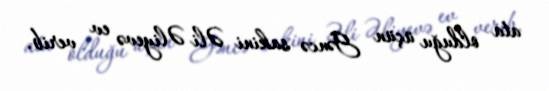
ata olduğu üçün Gəncə sakini Əli Əliyevə ev verib.